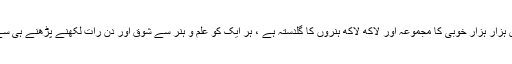
ہر ایک شخص ہزار ہزار خوبی کا مجموعہ اور لاکھ لاکھ ہنروں کا گلدستہ ہے ، ہر ایک کو علم و ہنر سے شوق اور دن رات لکھنے پڑھنے ہی سے ذوق ہے‘‘ ۔